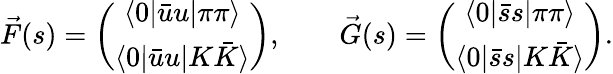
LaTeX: \vec{F}(s)=\left(\begin{array}{c}{{\langle 0|\bar{u}u|\pi\pi\rangle}}\\ {{\langle 0|\bar{u}u|K\bar{K}\rangle}}\end{array}\right),\qquad\vec{G}(s)=\left(\begin{array}{c}{{\langle 0|\bar{s}s|\pi\pi\rangle}}\\ {{\langle 0|\bar{s}s|K\bar{K}\rangle}}\end{array}\right).